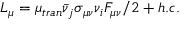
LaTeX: L _ { \mu } = \mu _ { t r a n } \bar { \nu } _ { j } \sigma _ { \mu \nu } \nu _ { i } F _ { \mu \nu } / 2 + h . c .